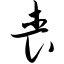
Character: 丧